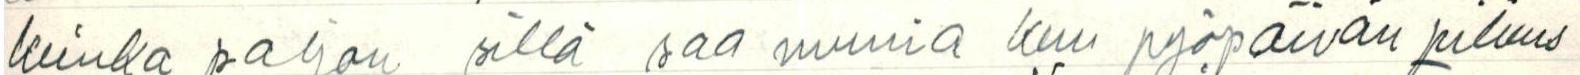
kuinka paljon sillä saa munia kun pyöpäivän pituus